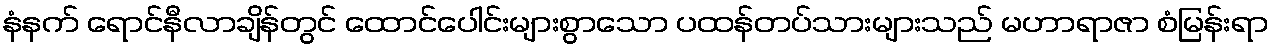
နံနက် ရောင်နီလာချိန်တွင် ထောင်ပေါင်းများစွာသော ပထန်တပ်သားများသည် မဟာရာဇာ စံမြန်းရာ